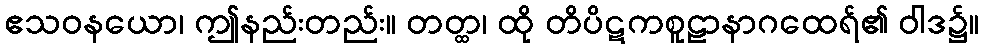
ဧသဝနယော၊ ဤနည်းတည်း။ တတ္ထ၊ ထို တိပိဋကစူဠာနာဂထေရ်၏ ဝါဒ၌။